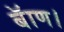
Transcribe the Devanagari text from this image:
बॅाण।